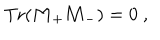
LaTeX: \mathrm { T r } ( { \bf M } _ { + } { \bf M } _ { - } ) = 0 \ ,